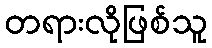
တရားလိုဖြစ်သူ